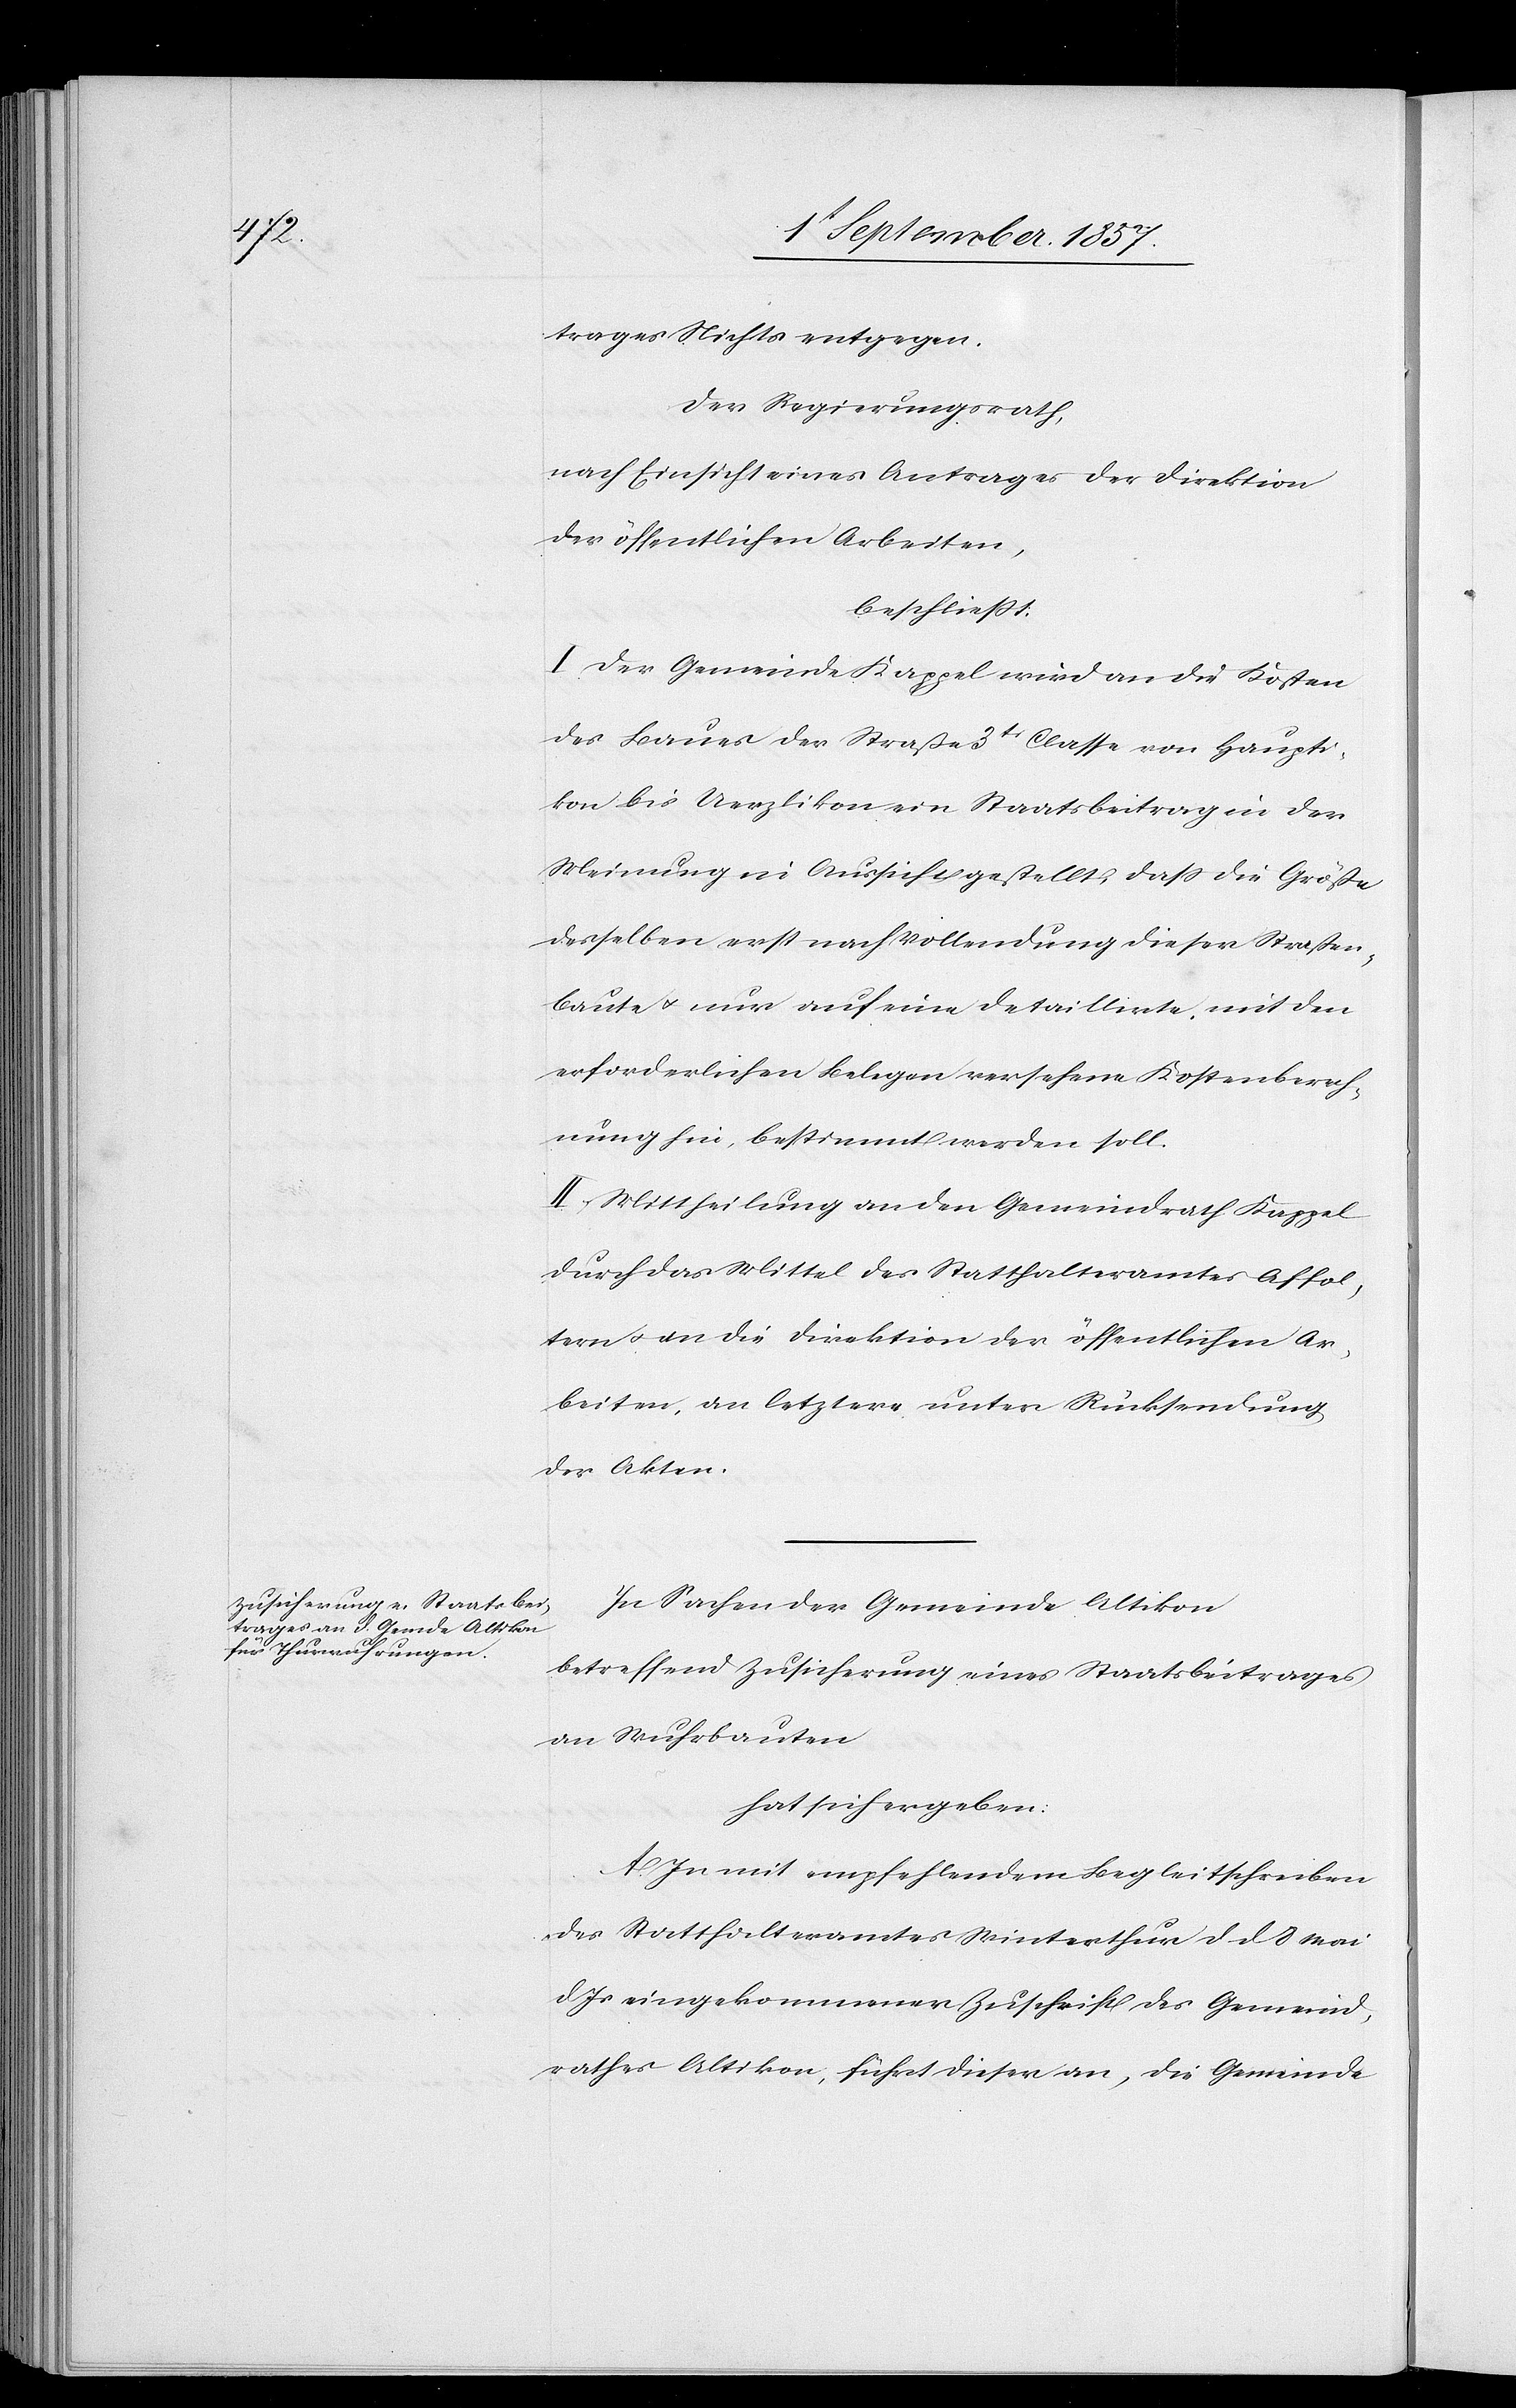
trages Nichts entgegen.
Der Regierungsrath,
nach Einsicht eines Antrages der Direktion
der öffentlichen Arbeiten,
beschließt:
I. Der Gemeindrath Kappel wird an die Kosten
des Baues der Straße 3tr Classe von Haupti¬
kon bis Uerzlikon ein Staatsbeitrag in der
Meinung in Aussicht gestellt, daß die Größe
desselben erst nach Vollendung dieser Straßen¬
baute & nur auf eine detaillirte, mit den
erforderlichen Belegen versehene Kostenberech¬
nung hin, bestimmt werden soll.
II. Mittheilung an den Gemeindrath Kappel
durch das Mittel des Statthalteramtes Affol¬
tern & an die Direktion der öffentlichen Ar¬
beiten, an letztere unter Rücksendung
der Akten.
In Sachen der Gemeinde Altikon
betreffend Zusicherung eines Staatsbeitrages
an Wuhrbauten
hat sich ergeben:
A. In mit empfehlendem Begleitschreiben
des Statthalteramtes Winterthur d. d. 8 Mai
d. Js. eingekommenen Zuschrift des Gemeind¬
rathes Altikon, führt dieser an, die Gemeinde